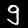
Digit: 9